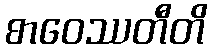
စာဝေဿတီတိ